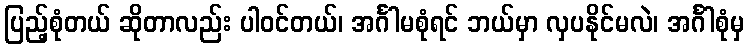
ပြည့်စုံတယ် ဆိုတာလည်း ပါဝင်တယ်၊ အင်္ဂါမစုံရင် ဘယ်မှာ လှပနိုင်မလဲ၊ အင်္ဂါစုံမှ